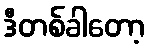
ဒီတစ်ခါတော့